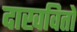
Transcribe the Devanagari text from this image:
दाखवितों